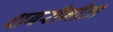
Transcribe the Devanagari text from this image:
शबरीगीता